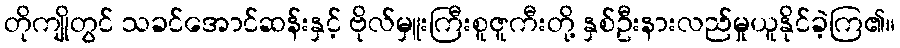
တိုကျိုတွင် သခင်အောင်ဆန်းနှင့် ဗိုလ်မှူးကြီးစူဇူကီးတို့ နှစ်ဦးနားလည်မှုယူနိုင်ခဲ့ကြ၏။